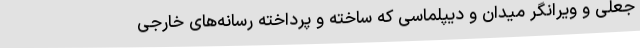
جعلی و ویرانگر میدان و دیپلماسی که ساخته و پرداخته رسانه‌های خارجی